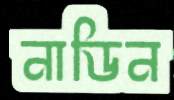
নাডিন